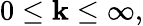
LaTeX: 0\leq\mathbf{k}\leq\infty,